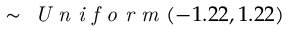
\sim \textit { U n i f o r m } ( - 1 . 2 2 , 1 . 2 2 )